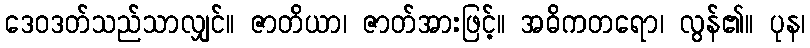
ဒေဝဒတ်သည်သာလျှင်။ ဇာတိယာ၊ ဇာတ်အားဖြင့်။ အဓိကတရော၊ လွန်၏။ ပုန၊